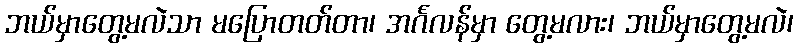
ဘယ်မှာတွေ့မလဲသာ မပြောတတ်တာ၊ အင်္ဂလန်မှာ တွေ့မလား၊ ဘယ်မှာတွေ့မလဲ၊